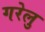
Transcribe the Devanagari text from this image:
गरेलु